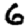
Digit: 6